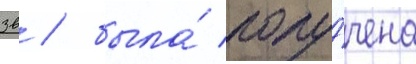
зв / была́ полу́чена